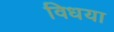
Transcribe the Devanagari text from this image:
विधया